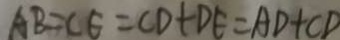
A B = C E = C D + D E = A D + C D